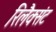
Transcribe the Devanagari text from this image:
रिलैक्संट